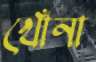
খোঁনা